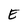
Character: E